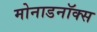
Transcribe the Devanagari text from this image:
मोनाडनॉक्स